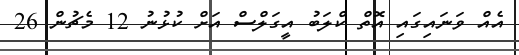
އެއް ވަނައިގައި އޮތް ކްލަބު އީގަލްސް އަށް ކުޅުނު 12 މެޗުން 26